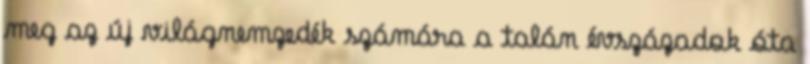
meg az új világnemzedék számára a talán évszázadok óta